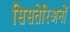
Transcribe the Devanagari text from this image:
सिसतेरिअनों